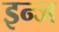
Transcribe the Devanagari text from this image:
इन्ज